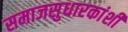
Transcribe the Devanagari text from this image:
समाजसुधारकांशी